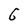
Character: 6